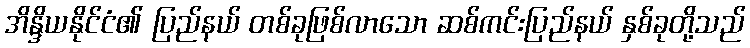
အိန္ဒိယနိုင်ငံ၏ ပြည်နယ် တစ်ခုဖြစ်လာသော ဆစ်ကင်းပြည်နယ် နှစ်ခုတို့သည်